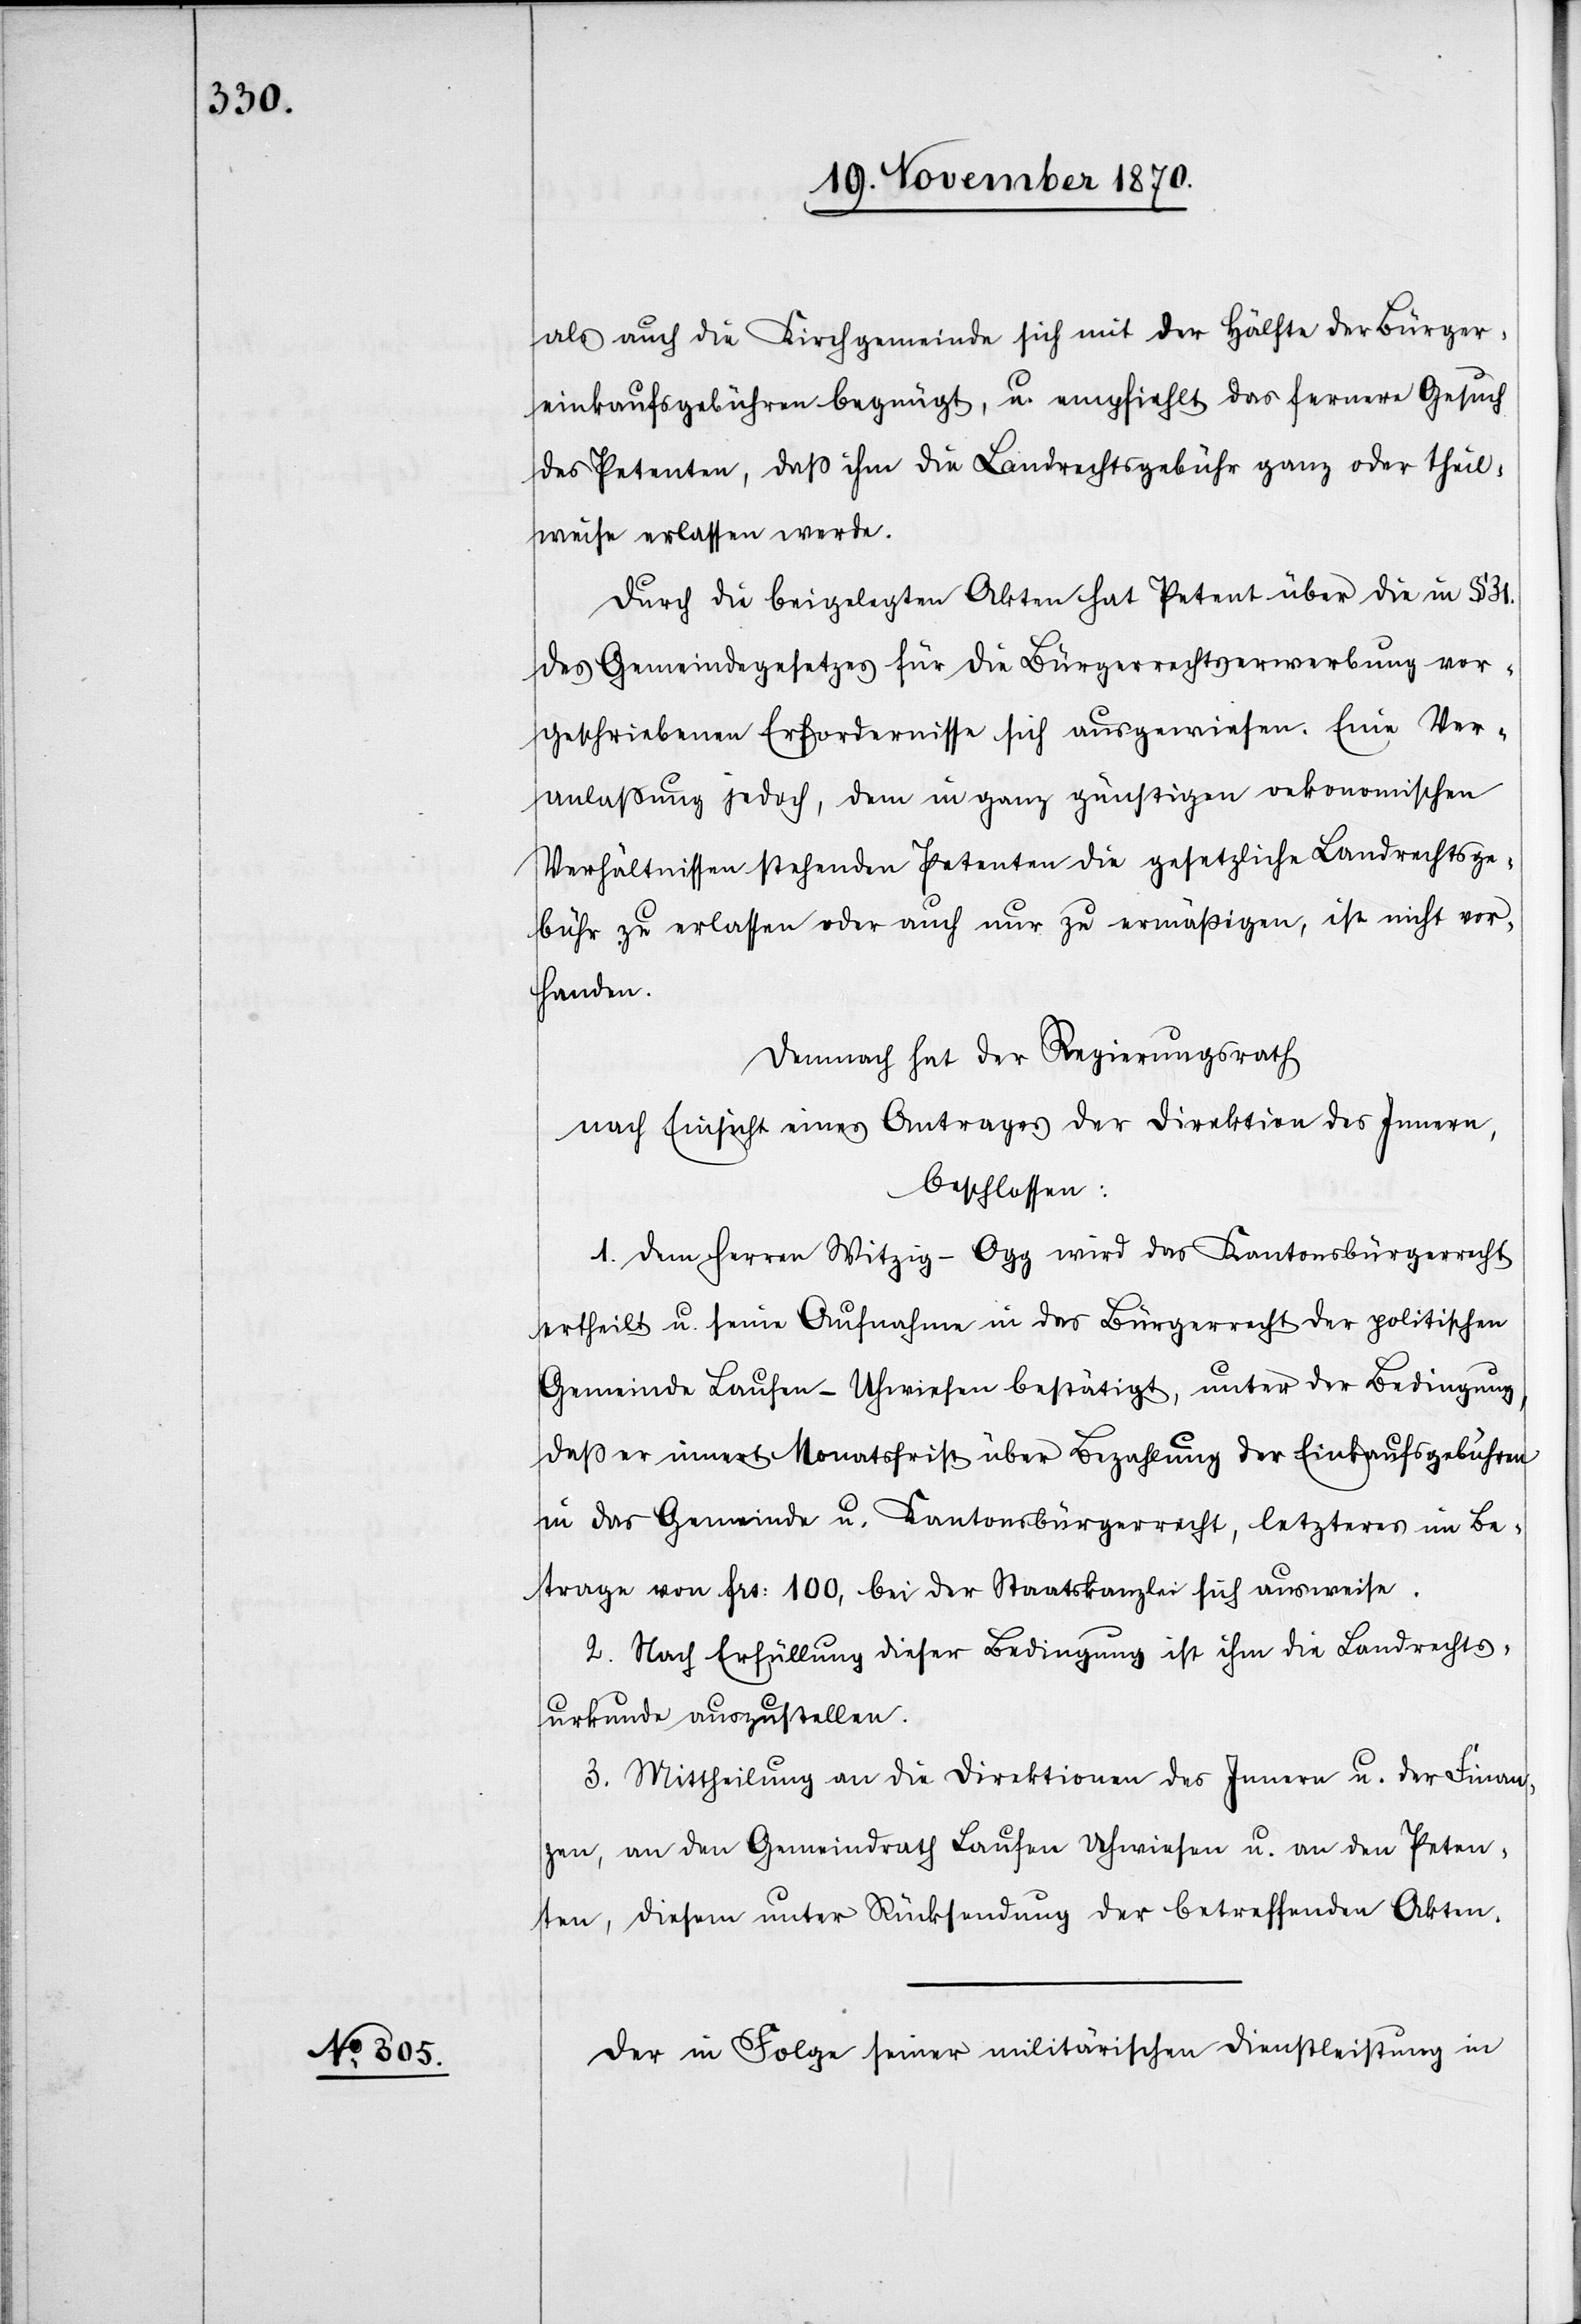
als auch die Kirchgemeinde sich mit der Hälfte der Bürger¬
einkaufsgebühren begnügt, u. empfiehlt das fernere Gesuch
des Petenten, daß ihm die Landrechtsgebühr ganz oder theil¬
weise erlassen werde.
Durch die beigelegten Akten hat Petent über die in § 31.
des Gemeindegesetzes für die Bürgerrechtserwerbung vor¬
geschriebenen Erfordernisse sich ausgewiesen. Eine Ver¬
anlaßung jedoch, dem in ganz günstigen oekonomischen
Verhältnissen stehenden Petenten die gesetzliche Landrechtsge¬
bühr zu erlassen oder auch nur zu ermäßigen, ist nicht vor¬
handen.
Demnach hat der Regierungsrath
nach Einsicht eines Antrages der Direktion des Innern,
beschlossen:
1. Dem Herren Witzig-Ogg wird das Kantonsbürgerrecht
ertheilt u. seine Aufnahme in das Bürgerrecht der politischen
Gemeinde Laufen - Uhwiesen bestätigt, unter der Bedingung,
daß er innert Monatsfrist über Bezahlung der Einkaufsgebühren
in das Gemeinde[-] u. Kantonsbürgerrecht, letzteres im Be¬
trage von Frs: 100, bei der Staatskanzlei sich ausweise.
2. Nach Erfüllung dieser Bedingung ist ihm die Landrechts¬
urkunde auszustellen.
3. Mittheilung an die Direktion des Innern u. der Finan¬
zen, an den Gemeindrath Laufen Uhwiesen u. an den Peten¬
ten, diesem unter Rücksendung der betreffenden Akten.
Der in Folge seiner militärischen Dienstleistung in